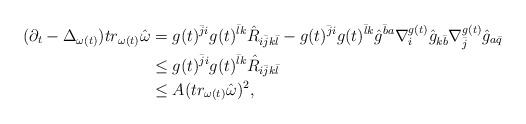
LaTeX: \begin{align*}(\partial_t-\Delta_{\omega(t)})tr_{\omega(t)}\hat\omega&=g(t)^{\bar ji}g(t)^{\bar lk}\hat R_{i\bar jk\bar l}-g(t)^{\bar ji}g(t)^{\bar lk}\hat g^{\bar ba}\nabla^{g(t)}_i\hat g_{k\bar b}\nabla^{g(t)}_{\bar j}\hat g_{a\bar q}\\&\le g(t)^{\bar ji}g(t)^{\bar lk}\hat R_{i\bar jk\bar l}\\&\le A(tr_{\omega(t)}\hat\omega)^2,\end{align*}